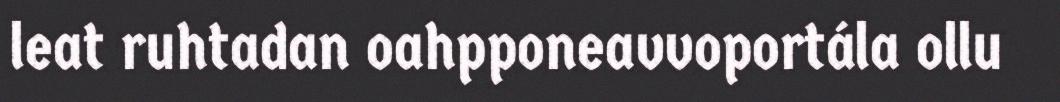
leat ruhtadan oahpponeavvoportála ollu